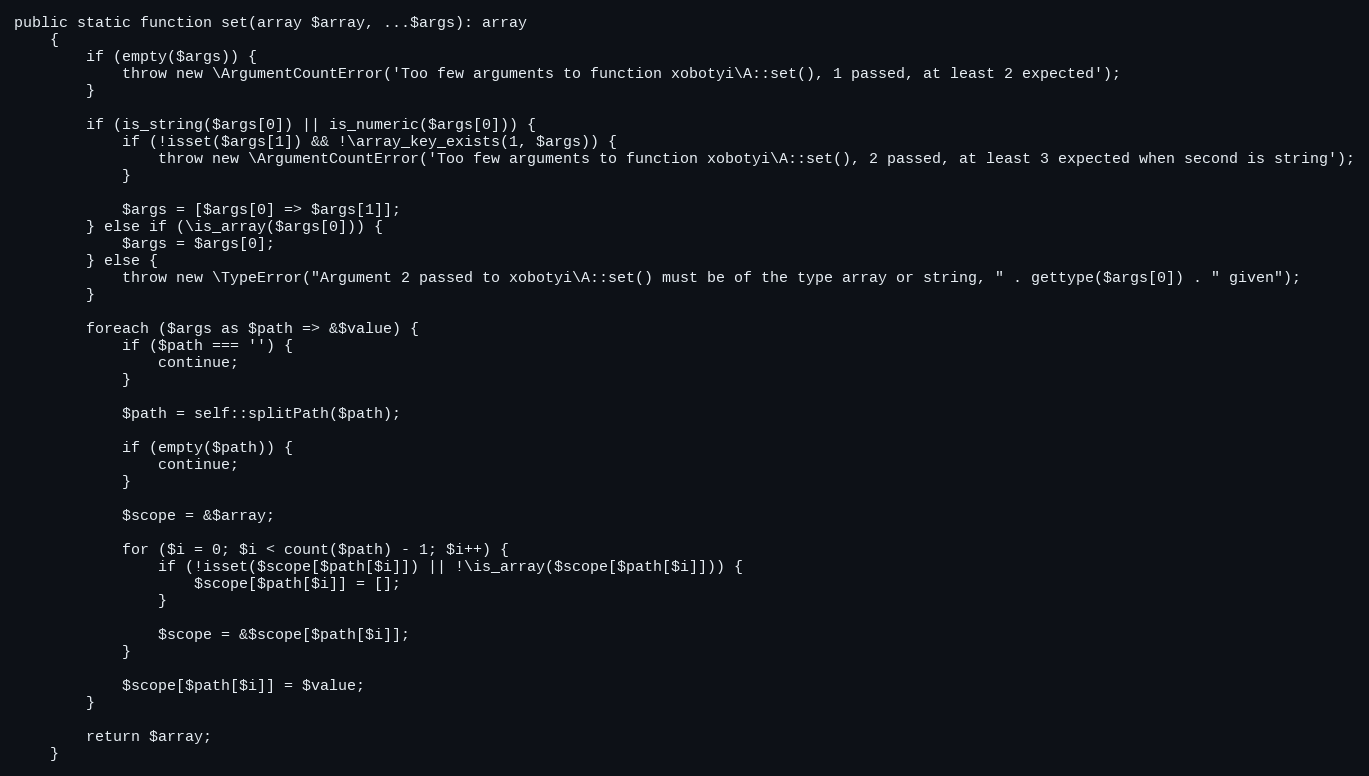
Language: PHP
public static function set(array $array, ...$args): array
    {
        if (empty($args)) {
            throw new \ArgumentCountError('Too few arguments to function xobotyi\A::set(), 1 passed, at least 2 expected');
        }

        if (is_string($args[0]) || is_numeric($args[0])) {
            if (!isset($args[1]) && !\array_key_exists(1, $args)) {
                throw new \ArgumentCountError('Too few arguments to function xobotyi\A::set(), 2 passed, at least 3 expected when second is string');
            }

            $args = [$args[0] => $args[1]];
        } else if (\is_array($args[0])) {
            $args = $args[0];
        } else {
            throw new \TypeError("Argument 2 passed to xobotyi\A::set() must be of the type array or string, " . gettype($args[0]) . " given");
        }

        foreach ($args as $path => &$value) {
            if ($path === '') {
                continue;
            }

            $path = self::splitPath($path);

            if (empty($path)) {
                continue;
            }

            $scope = &$array;

            for ($i = 0; $i < count($path) - 1; $i++) {
                if (!isset($scope[$path[$i]]) || !\is_array($scope[$path[$i]])) {
                    $scope[$path[$i]] = [];
                }

                $scope = &$scope[$path[$i]];
            }

            $scope[$path[$i]] = $value;
        }

        return $array;
    }